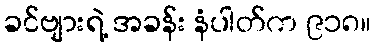
ခင်ဗျားရဲ့ အခန်း နံပါတ်က ၉၁၈။